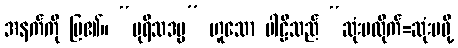
အနက်ကို ပြ၏။ “ပုရိသဒမ္မ” ဟူသော ပါဠိသည် “ဆုံးမထိုက်=ဆုံးမဖို့